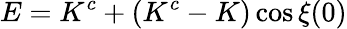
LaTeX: E=K^{c}+(K^{c}-K)\cos\xi(0)